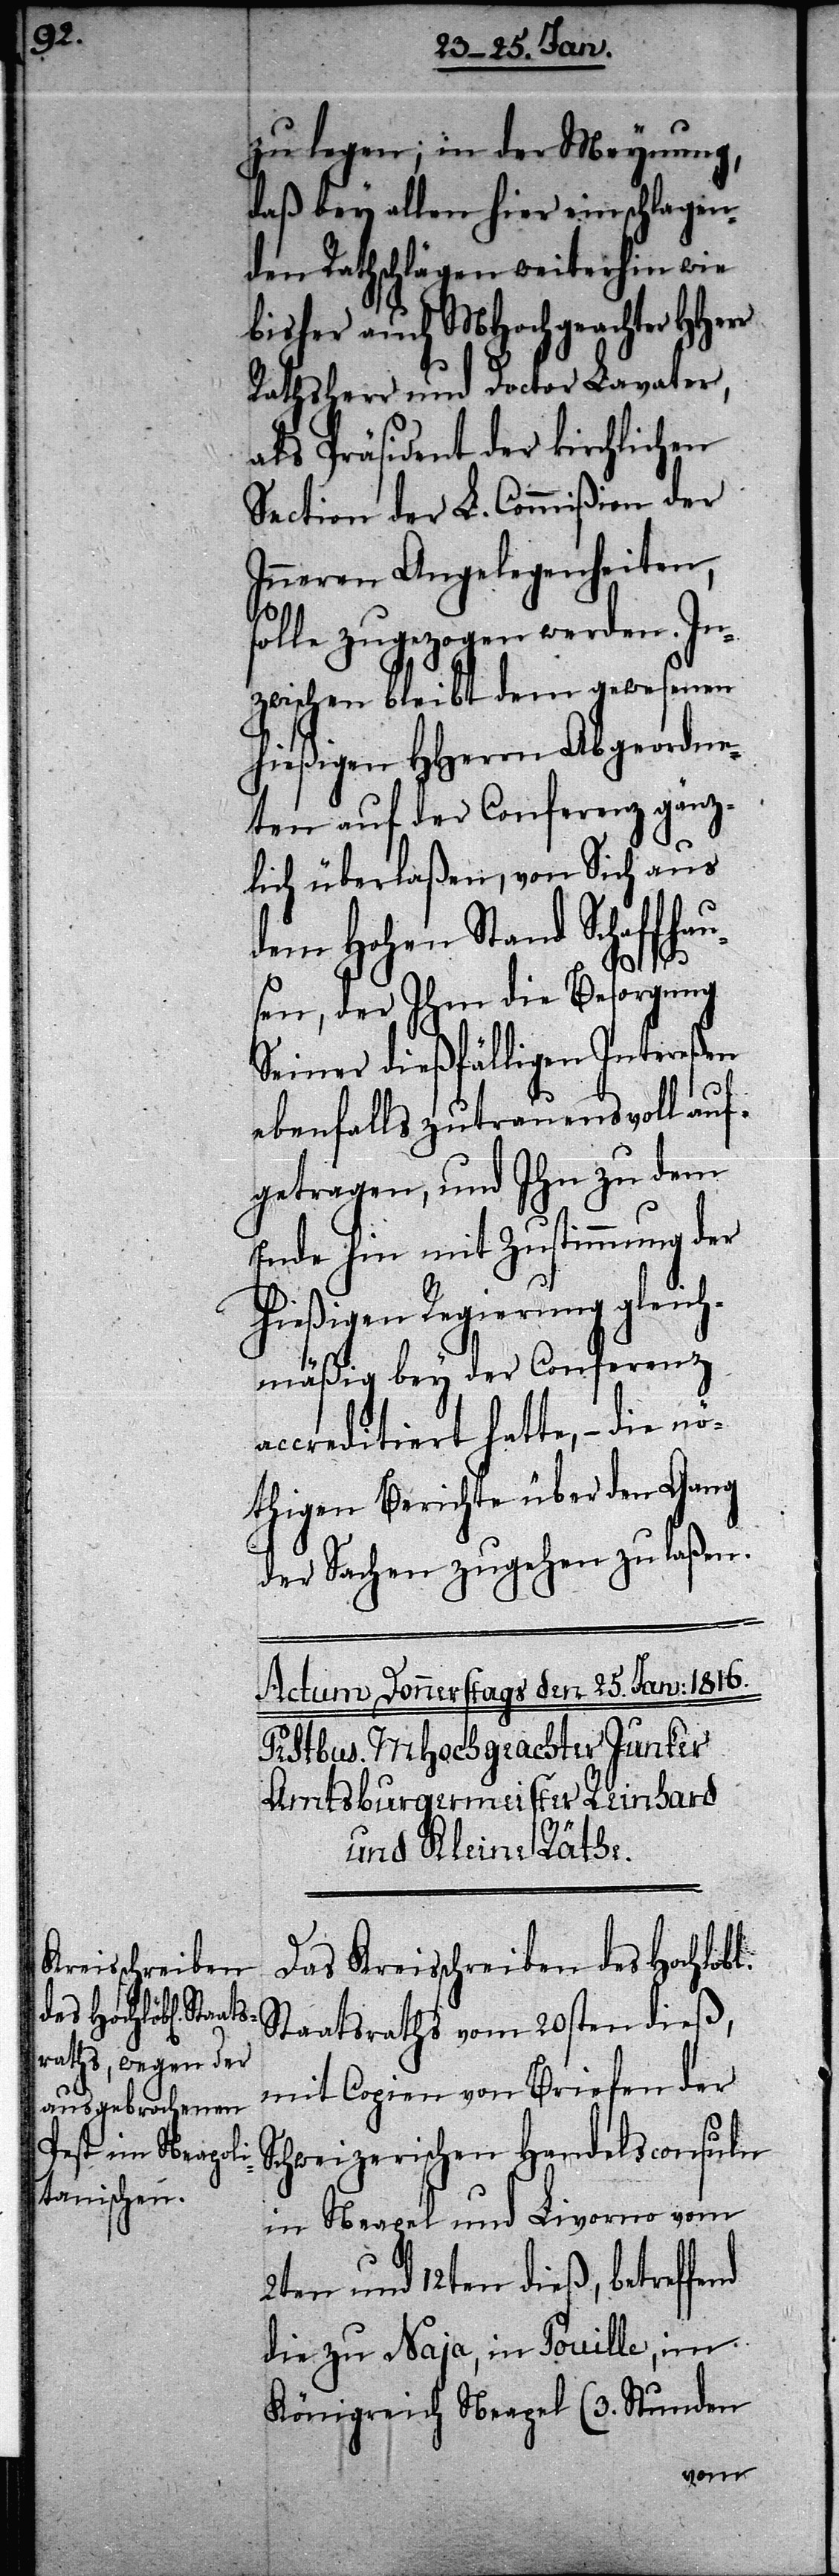
zu legen; in der Meynung,
daß bey allen hier einschlagen¬
den Rathschlägen weiterhin wie
bisher auch MHochgeachter HHerr
Rathsherr und Doctor Lavater,
als Präsident der kirchlichen
Section der L. Commißion der
Inneren Angelegenheiten,
solle zugezogen werden. In¬
zwischen bleibt dem gewesenen
hießigen HHerrn Abgeordne¬
ten auf der Conferenz gänz¬
lich überlaßen, von Sich aus
dem Hohen Stand Schaffhau¬
b[lichen].
sen, der Ihm die Besorgung
Seiner dießfälligen Intereßen
ebenfalls zutrauensvoll auf¬
getragen, und Ihn zu dem
Ende hin mit Zustimmung der
hießigen Regierung gleich¬
mäßig bey der Conferenz
accreditiert hatte, – die nö¬
thigen Berichte über den Gang
der Sachen zugehen zu laßen.
Das Kreisschreiben des Hochlo¬
Staatsraths vom 20sten dieß,
mit Copien von Briefen der
Schweizerischen Handelsconsuln
in Neapel und Livorno vom
2ten und 12ten dieß, betreffend
die zu Naja, in Pouille, im
Königreich Neapel (3. Stunden